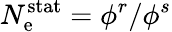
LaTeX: N_{\mathrm{e}}^{\mathrm{{stat}}}=\phi^{r}/\phi^{s}